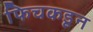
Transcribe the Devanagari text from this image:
फिचकडून